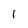
Character: l